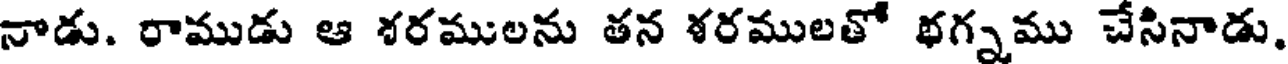
నాడు. రాముడు ఆ శరములను తన ళరములతో థగ్నము చేసినాడు.